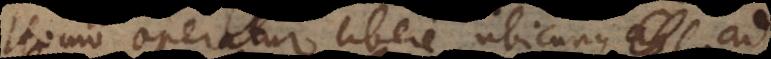
Homo operatur libere, ubicunque ad